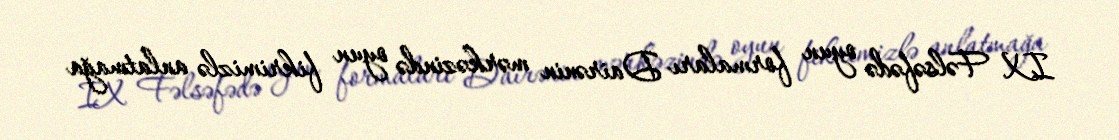
IX Fəlsəfədə oyun formaları Dairənin mərkəzində oyun fikrimizlə anlatmağa